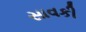
સાવકી